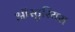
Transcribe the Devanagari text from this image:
ऑस्टुरियस